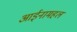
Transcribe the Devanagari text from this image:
आईनामहल